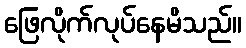
ဖြေလိုက်လုပ်နေမိသည်။